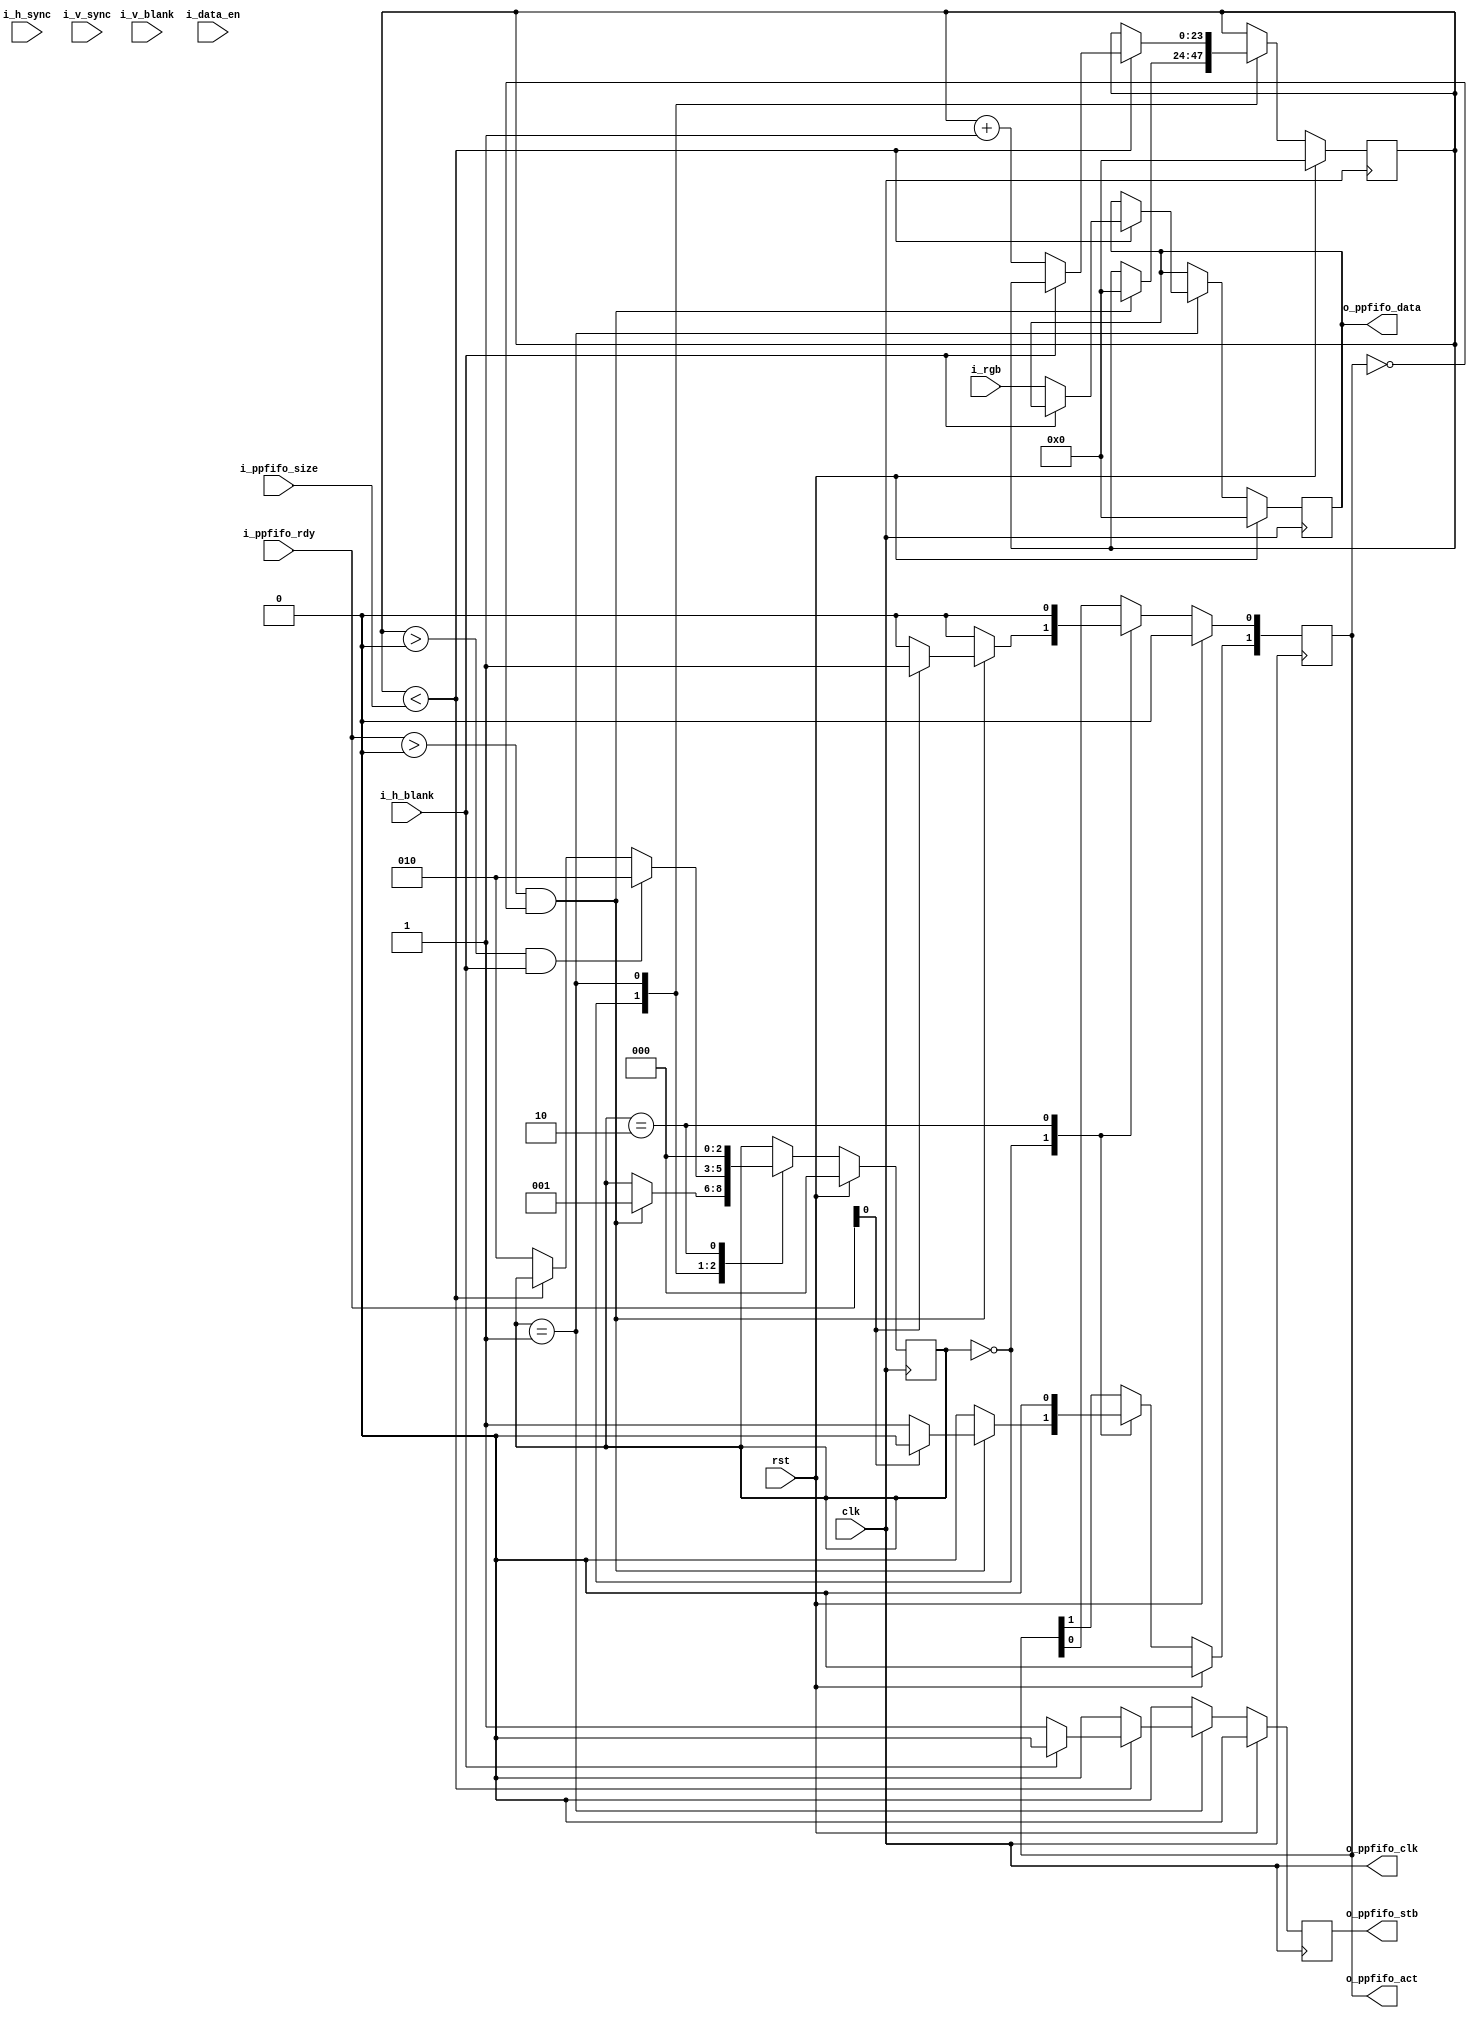
module adapter_rgb_2_ppfifo #(
  parameter                 DATA_WIDTH = 24
)(
  input                             clk,
  input                             rst,

  input         [23:0]              i_rgb,
  input                             i_h_sync,
  input                             i_h_blank,
  input                             i_v_sync,
  input                             i_v_blank,
  input                             i_data_en,

  //Ping Pong FIFO Write Controller
  output                            o_ppfifo_clk,
  input       [1:0]                 i_ppfifo_rdy,
  output  reg [1:0]                 o_ppfifo_act,
  input       [23:0]                i_ppfifo_size,
  output  reg                       o_ppfifo_stb,
  output  reg [DATA_WIDTH - 1:0]    o_ppfifo_data


);
//local parameters
localparam      IDLE        = 0;
localparam      READY       = 1;
localparam      RELEASE     = 2;

//registes/wires

reg           [23:0]        r_count;
reg           [2:0]         state;
//submodules
//asynchronous logic
assign  o_ppfifo_clk    = clk;
//synchronous logic
always @ (posedge clk) begin
  o_ppfifo_stb          <=  0;
  if (rst) begin
    r_count             <=  0;
    o_ppfifo_act        <=  0;
    o_ppfifo_data       <=  0;
    state               <=  IDLE;
  end
  else begin
    case (state)
      IDLE: begin
        o_ppfifo_act    <=  0;
        if ((i_ppfifo_rdy > 0) && (o_ppfifo_act == 0)) begin
          r_count           <=  0;
          if (i_ppfifo_rdy[0]) begin
            o_ppfifo_act[0] <=  1;
          end
          else begin
            o_ppfifo_act[1] <=  1;
          end
          state             <=  READY;
        end
      end
      READY: begin
        if (r_count < i_ppfifo_size) begin
          if (!i_h_blank) begin
            o_ppfifo_stb    <=  1;
            o_ppfifo_data   <=  i_rgb;

            r_count         <=  r_count + 1;
          end
        end
        //Conditions to release the FIFO or stop a transaction
        else begin
          state             <=  RELEASE;
        end
        if (r_count > 0 && i_h_blank) begin
          state             <=  RELEASE;
        end
      end
      RELEASE: begin
        o_ppfifo_act        <=  0;
        state               <=  IDLE;
      end
      default: begin
      end
    endcase
  end
end



endmodule